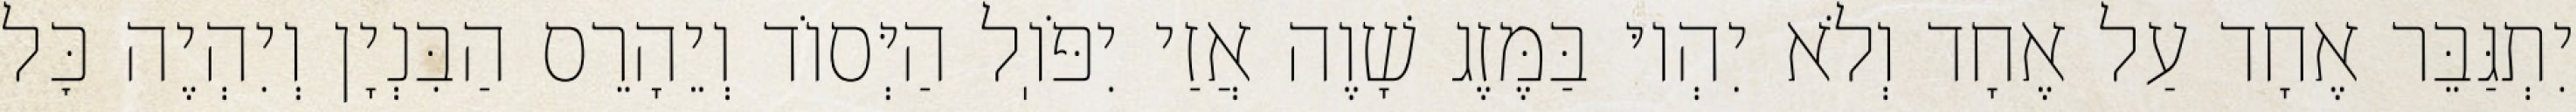
יִתְגַּבֵּר אֶחָד עַל אֶחָד וְלֹא יִהְיוּ בַּמֶּזֶג שָׁוֶה אֲזַי יִפֹּוֽל הַיְּסוֹד וְיֵהָרֵס הַבִּנְיָן וְיִהְיֶה כׇּל